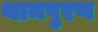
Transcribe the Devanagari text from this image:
थामपुरण